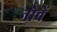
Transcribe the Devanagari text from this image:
नोवें